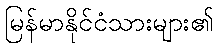
မြန်မာနိုင်ငံသားများ၏